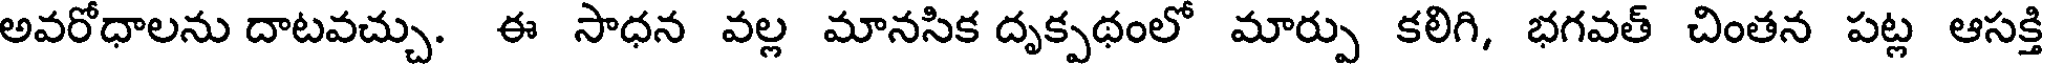
అవరోధాలను దాటవచ్చు. ఈ సాధన వల్ల మానసిక దృక్పథంలో మార్పు కలిగి, భగవత్ చింతన పట్ల ఆసక్తి